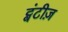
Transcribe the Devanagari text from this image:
ट्वंटीज़